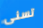
تسنى